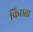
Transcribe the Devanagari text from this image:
किसता